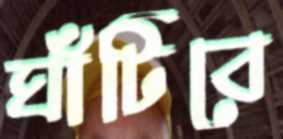
ঘাঁটিবে